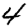
Digit: 4